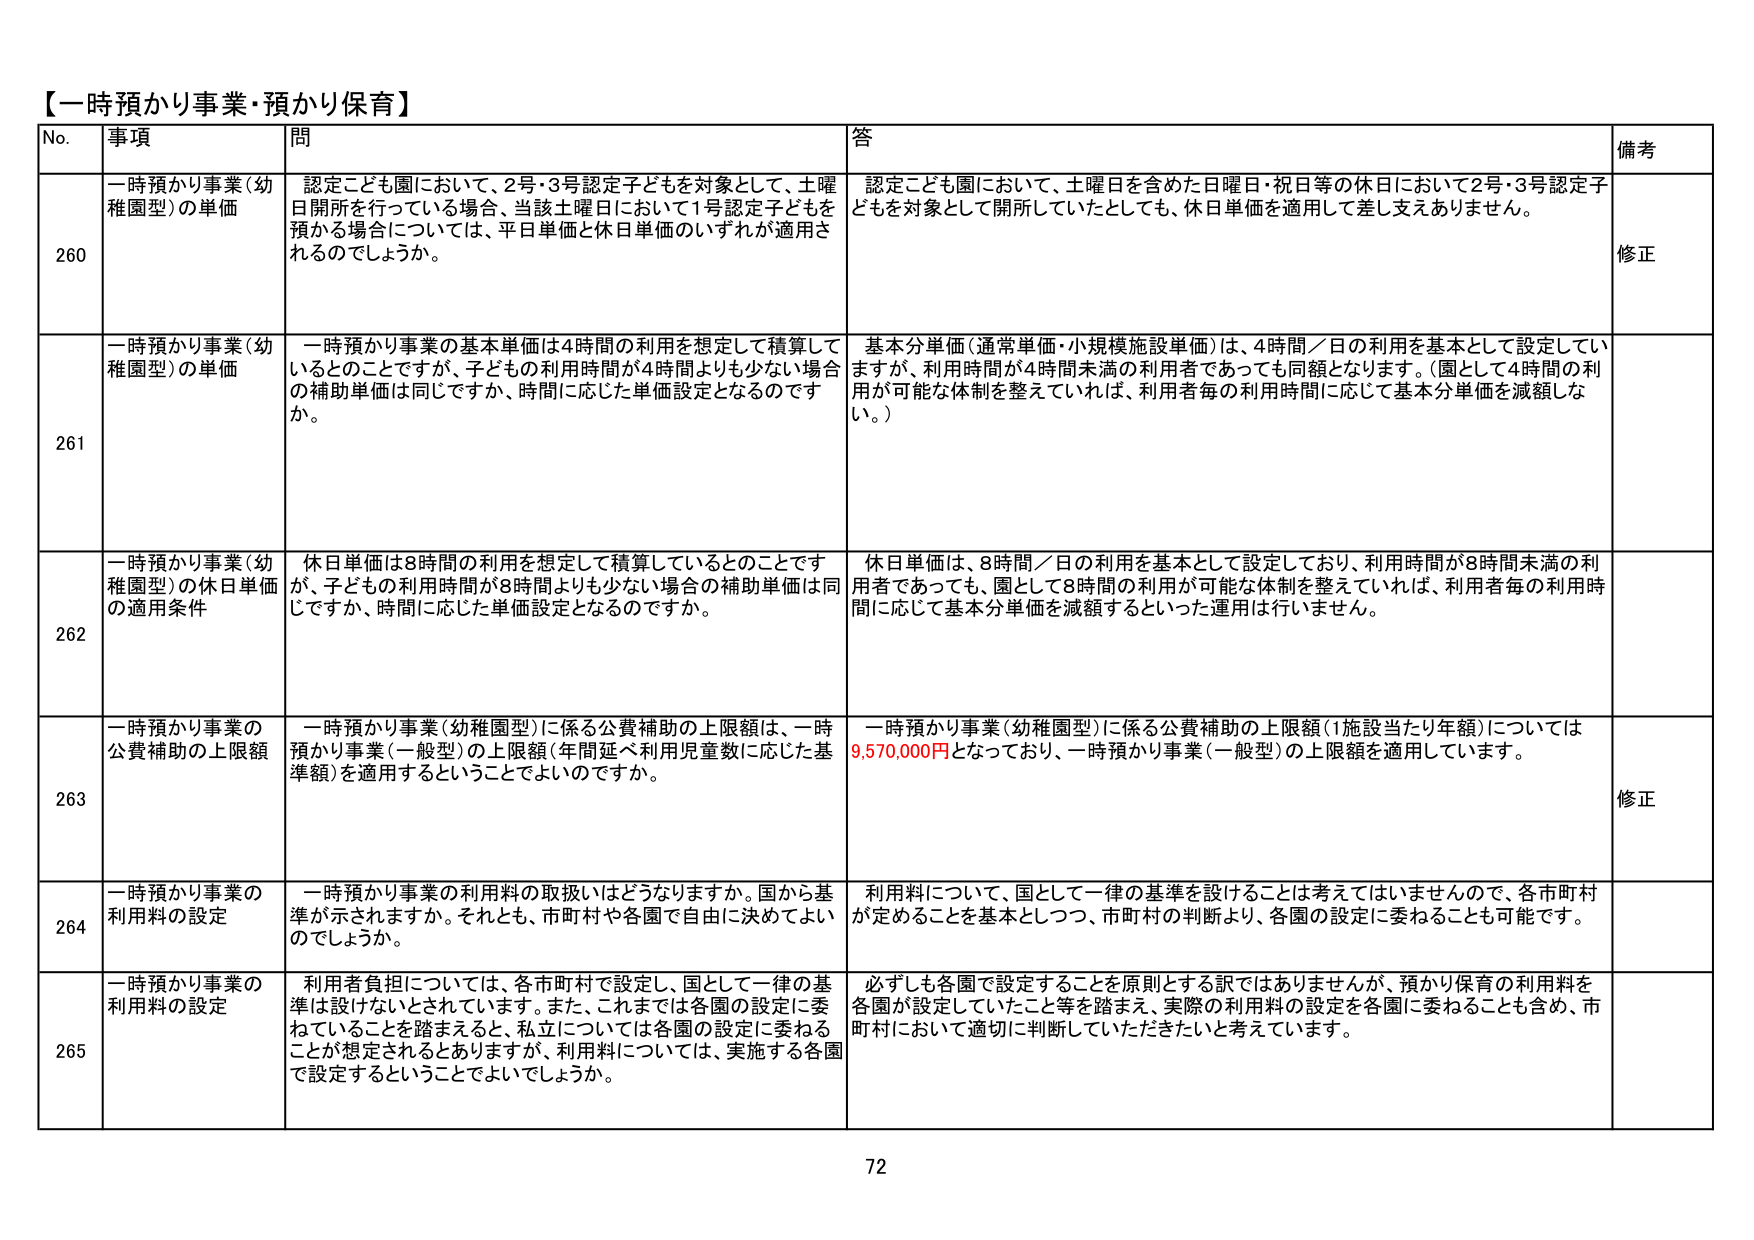
【一時預かり事業・預かり保育】

No. 事項 問 答 備考

260 一時預かり事業（幼稚園型）の単価 認定こども園において、2号・3号認定子どもを対象として、土曜日開所を行っている場合、当該土曜日において1号認定子どもを預かる場合については、平日単価と休日単価のいずれが適用されるのでしょうか。 認定こども園において、土曜日を含めた日曜日・祝日等の休日において2号・3号認定子どもを対象として開所していたとしても、休日単価を適用して差し支えありません。 修正

261 一時預かり事業（幼稚園型）の単価 一時預かり事業の基本単価は4時間の利用を想定して積算しているとのことですが、子どもの利用時間が4時間よりも少ない場合の補助単価は同じですか、時間に応じた単価設定となるのですか。 基本分単価（通常単価・小規模施設単価）は、4時間／日の利用を基本として設定していますが、利用時間が4時間未満の利用者であっても同額となります。（園として4時間の利用が可能な体制を整えていれば、利用者毎の利用時間に応じて基本分単価を減額しない。）

262 一時預かり事業（幼稚園型）の休日単価の適用条件 休日単価は8時間の利用を想定して積算しているとのことです が、子どもの利用時間が8時間よりも少ない場合の補助単価は同じですか、時間に応じた単価設定となるのですか。 休日単価は、8時間／日の利用を基本として設定しており、利用時間が8時間未満の利用者であっても、園として8時間の利用が可能な体制を整えていれば、利用者毎の利用時間に応じて基本分単価を減額するといった運用は行いません。

263 一時預かり事業の公費補助の上限額 一時預かり事業（幼稚園型）に係る公費補助の上限額は、一時預かり事業（一般型）の上限額（年間延べ利用児童数に応じた基準額）を適用するということでよいのですか。 一時預かり事業（幼稚園型）に係る公費補助の上限額（1施設当たり年額）については9,570,000円となっており、一時預かり事業（一般型）の上限額を適用しています。 修正

264 一時預かり事業の利用料の設定 一時預かり事業の利用料の取扱いはどうなりますか。国から基準が示されますか。それとも、市町村や各園で自由に決めてよいのでしょうか。 利用料について、国として一律の基準を設けることは考えてはいませんので、各市町村が定めることを基本としつつ、市町村の判断より、各園の設定に委ねることも可能です。

265 一時預かり事業の利用料の設定 利用者負担については、各市町村で設定し、国として一律の基準は設けないとはされています。また、これまでは各園の設定に委ねていることを踏まえると、私立については各園の設定に委ねることが想定されるとはありますが、利用料については、実施する各園で設定するということでよいでしょうか。 必ずしも各園で設定することを原則とする訳ではありませんが、預かり保育の利用料を各園が設定していたこと等を踏まえ、実際の利用料の設定を各園に委ねることも含め、市町村において適切に判断していただきたいと考えています。

72